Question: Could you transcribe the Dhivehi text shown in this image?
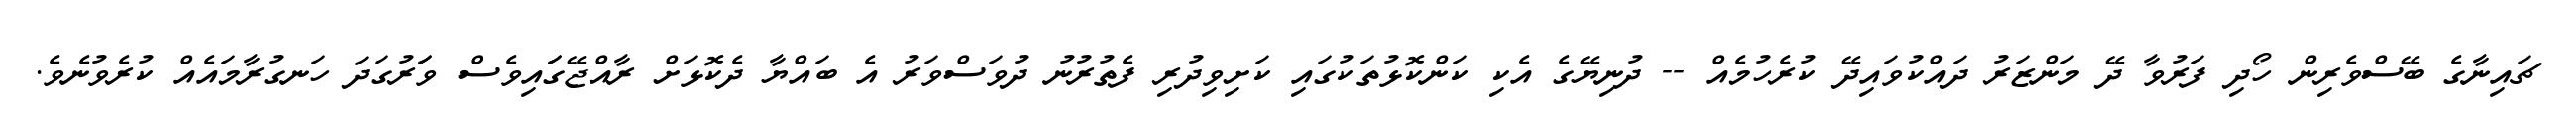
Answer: ޗައިނާގެ ބޭސްވެރިން ހޯދި ފަރުވާ ދޭ މަންޒަރު ދައްކުވައިދޭ ކުރެހުމެއް -- ދުނިޔޭގެ އެކި ކަންކޮޅުތަކުގައި ކަށިވިދުރި ފެތުރުނު ދުވަސްވަރު އެ ބައްޔާ ދެކޮޅަށް ރާއްޖޭގަައިވެސް ވަަރުގަދަ ހަނގުރާމައެއް ކުރެވުނެވެ.